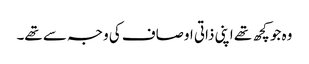
وہ جو کچھ تھے اپنی ذاتی اوصاف کی وجہ سے تھے۔